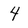
Character: 4